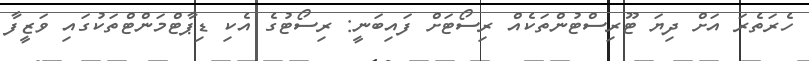
ހެރަތެރަ އަށް ދިޔަ ޓޫރިސްޓުންތަކެއް ރިސޯޓަށް ފައިބަނީ: ރިސޯޓުގެ އެކި ޑިޕާޓްމަންޓްތަކުގައި ވަޒީފާ